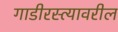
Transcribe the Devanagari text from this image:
गाडीरस्त्यावरील